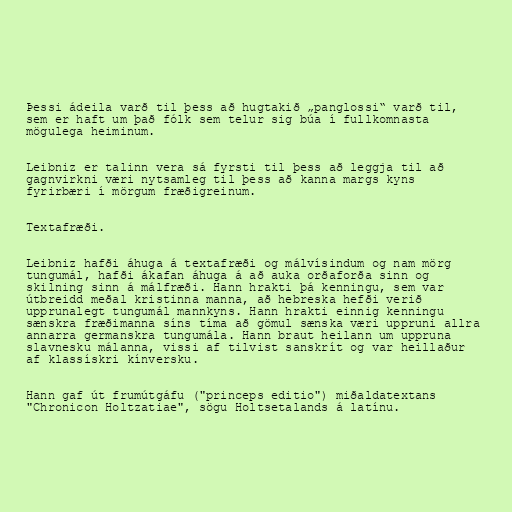
Þessi ádeila varð til þess að hugtakið „panglossi“ varð til,
sem er haft um það fólk sem telur sig búa í fullkomnasta
mögulega heiminum.

Leibniz er talinn vera sá fyrsti til þess að leggja til að
gagnvirkni væri nytsamleg til þess að kanna margs kyns
fyrirbæri í mörgum fræðigreinum.

Textafræði.

Leibniz hafði áhuga á textafræði og málvísindum og nam mörg
tungumál, hafði ákafan áhuga á að auka orðaforða sinn og
skilning sinn á málfræði. Hann hrakti þá kenningu, sem var
útbreidd meðal kristinna manna, að hebreska hefði verið
upprunalegt tungumál mannkyns. Hann hrakti einnig kenningu
sænskra fræðimanna síns tíma að gömul sænska væri uppruni allra
annarra germanskra tungumála. Hann braut heilann um uppruna
slavnesku málanna, vissi af tilvist sanskrít og var heillaður
af klassískri kínversku.

Hann gaf út frumútgáfu ("princeps editio") miðaldatextans
"Chronicon Holtzatiae", sögu Holtsetalands á latínu.